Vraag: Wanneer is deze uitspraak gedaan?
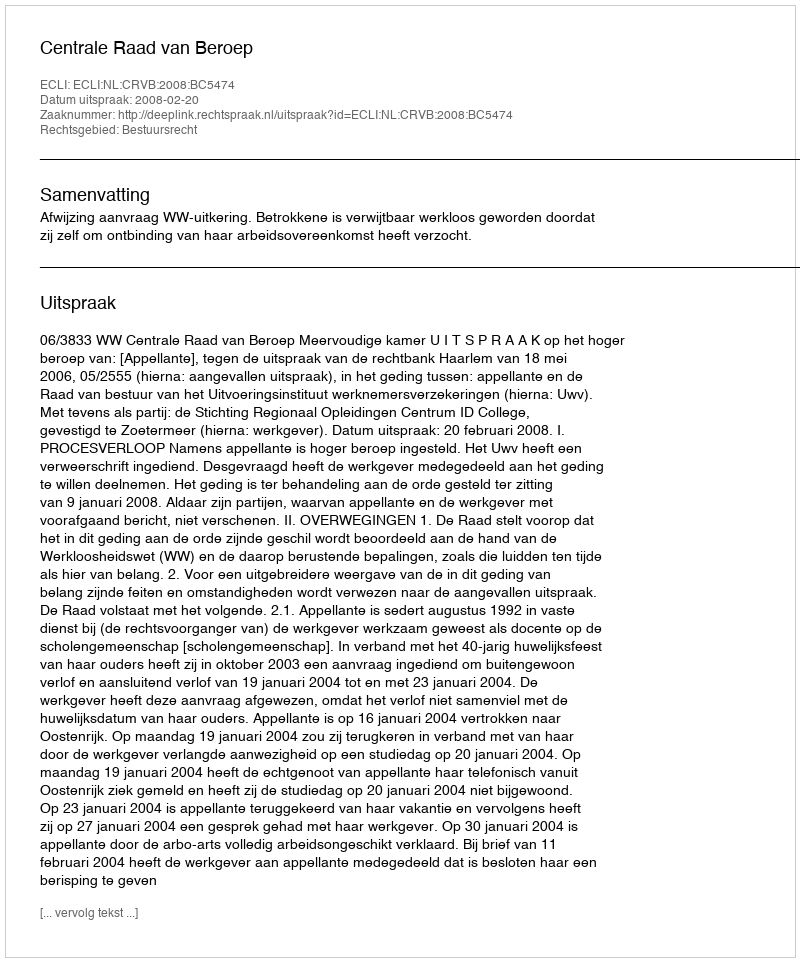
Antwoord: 2008-02-20